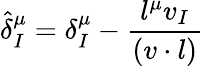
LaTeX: \hat{\delta}_{I}^{\mu}=\delta_{I}^{\mu}-{\frac{l^{\mu}v_{I}}{(v\cdot l)}}